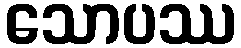
သောပဿ